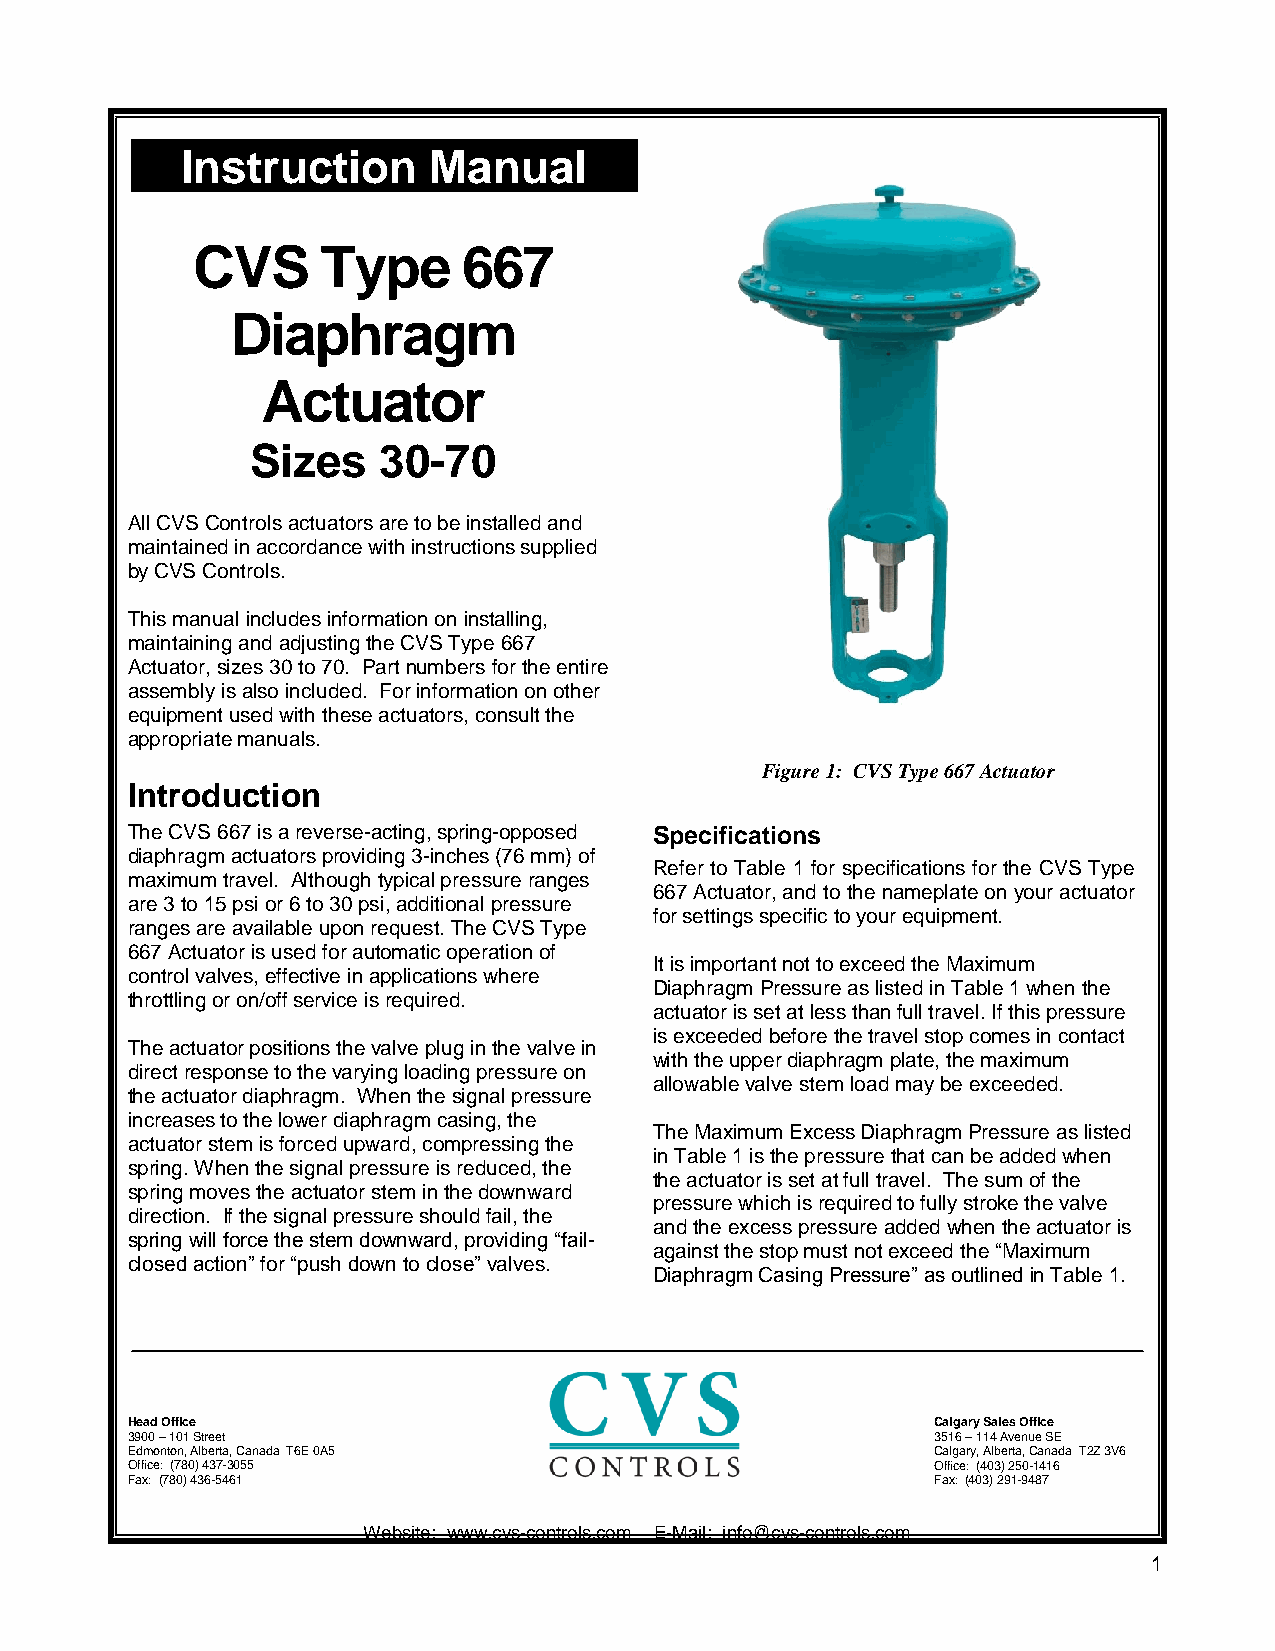
Instruction     Manual
 CVS     Type      667
 Diaphragm
 Actuator
 Sizes   30-70
 All CVS Controls actuators are to be installed and
 maintained in accordance with instructions supplied
 by CVS Controls.
 This manual includes information on installing,
 maintaining and adjusting the CVS Type 667
 Actuator, sizes 30 to 70. Part numbers for the entire
 assembly is also included. For information on other
 equipment used with these actuators, consult the
 appropriate manuals.
 Figure 1: CVS Type 667 Actuator
 Introduction
 The CVS 667 is a reverse-acting, spring-opposed Specifications
 diaphragm actuators providing 3-inches (76 mm) of
 Refer to Table 1 for specifications for the CVS Type
 maximum travel. Although typical pressure ranges
 667 Actuator, and to the nameplate on your actuator
 are 3 to 15 psi or 6 to 30 psi, additional pressure
 for settings specific to your equipment.
 ranges are available upon request. The CVS Type
 667 Actuator is used for automatic operation of
 It is important not to exceed the Maximum
 control valves, effective in applications where
 Diaphragm Pressure as listed in Table 1 when the
 throttling or on/off service is required.
 actuator is set at less than full travel. If this pressure
 is exceeded before the travel stop comes in contact
 The actuator positions the valve plug in the valve in
 with the upper diaphragm plate, the maximum
 direct response to the varying loading pressure on
 allowable valve stem load may be exceeded.
 the actuator diaphragm. When the signal pressure
 increases to the lower diaphragm casing, the
 The Maximum Excess Diaphragm Pressure as listed
 actuator stem is forced upward, compressing the
 in Table 1 is the pressure that can be added when
 spring. When the signal pressure is reduced, the
 the actuator is set at full travel. The sum of the
 spring moves the actuator stem in the downward
 pressure which is required to fully stroke the valve
 direction. If the signal pressure should fail, the
 and the excess pressure added when the actuator is
 spring will force the stem downward, providing “fail-
 against the stop must not exceed the “Maximum
 closed action” for “push down to close” valves.
 Diaphragm Casing Pressure” as outlined in Table 1.
 Head Office                                           Calgary Sales Office
 3900 – 101 Street                                     3516 – 114 Avenue SE
 Edmonton, Alberta, Canada T6E 0A5                     Calgary, Alberta, Canada T2Z 3V6
 Office: (780) 437-3055                                Office: (403) 250-1416
 Fax: (780) 436-5461                                   Fax: (403) 291-9487
 Website: www.cvs-controls.com E-Mail: info@cvs-controls.com
 1